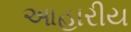
આહારીય